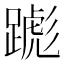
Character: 𬧌